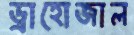
ড্রাহোজাল